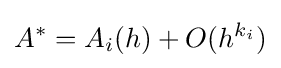
A^{*}=A_{i}(h)+O(h^{k_{i}})